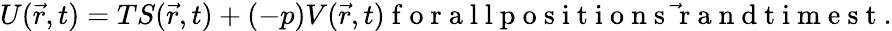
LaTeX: U(\vec{r},t)=TS(\vec{r},t)+(-p)V(\vec{r},t)\mathrm{~f~o~r~a~l~l~p~o~s~i~t~i~o~n~s~\vec{~}r~a~n~d~t~i~m~e~s~t~}.